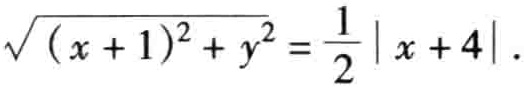
\(\sqrt{(x + 1)^{2}+y^{2}}=\frac{1}{2}|x + 4|\)